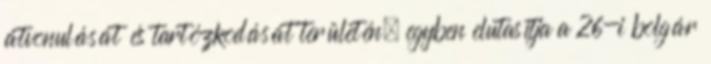
átvonulását és tartózkodását területén, egyben elutasítja a 26-i bolgár